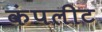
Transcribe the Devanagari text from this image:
कंपलीट